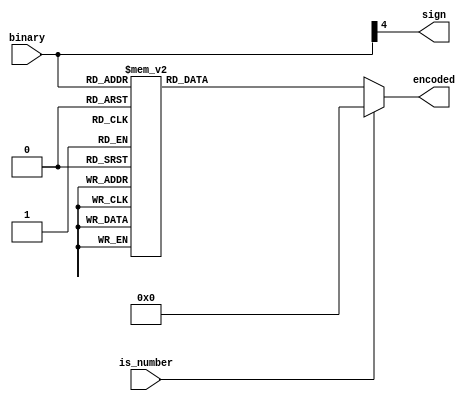
`timescale 1ns / 1ps
//////////////////////////////////////////////////////////////////////////////////
// Company: 
// Engineer: 
// 
// Design Name: 
// Module Name:    bin_2_7seg 
// Project Name: 
// Target Devices: 
// Tool versions: 
// Description: 
//
// Dependencies: 
//
// Revision: 
// Revision 0.01 - File Created
// Additional Comments: 
//
//////////////////////////////////////////////////////////////////////////////////
module bin_2_7seg(
    input [4:0] binary,
	 output sign,
    output reg [6:0] encoded,
	 input is_number
    );
assign sign = binary[4];
	
always @(binary, is_number) begin 
	if (is_number) encoded = 7'b0000000;
	else
	case (binary)  
	
		  5'b00000, 5'b10000 : encoded = 7'b1110111;
        5'b00001, 5'b11111 : encoded = 7'b0010010;
        5'b00010, 5'b11110 : encoded = 7'b1011101;
        5'b00011, 5'b11101 : encoded = 7'b1011011;
        5'b00100, 5'b11100 : encoded = 7'b0111010;
        5'b00101, 5'b11011 : encoded = 7'b1101011;
        5'b00110, 5'b11010 : encoded = 7'b1101111;
        5'b00111, 5'b11001 : encoded = 7'b1010010;
        5'b01000, 5'b11000 : encoded = 7'b1111111;
        5'b01001, 5'b10111 : encoded = 7'b1111011;
        5'b01010, 5'b10110 : encoded = 7'b1111110;
        5'b01011, 5'b10101 : encoded = 7'b0101111;
        5'b01100, 5'b10100 : encoded = 7'b1100101;
        5'b01101, 5'b10011 : encoded = 7'b0011111;
        5'b01110, 5'b10010 : encoded = 7'b1101101;
        5'b01111, 5'b10001 : encoded = 7'b1101100;
        default : encoded = 7'b0000000;
	endcase
end

endmodule